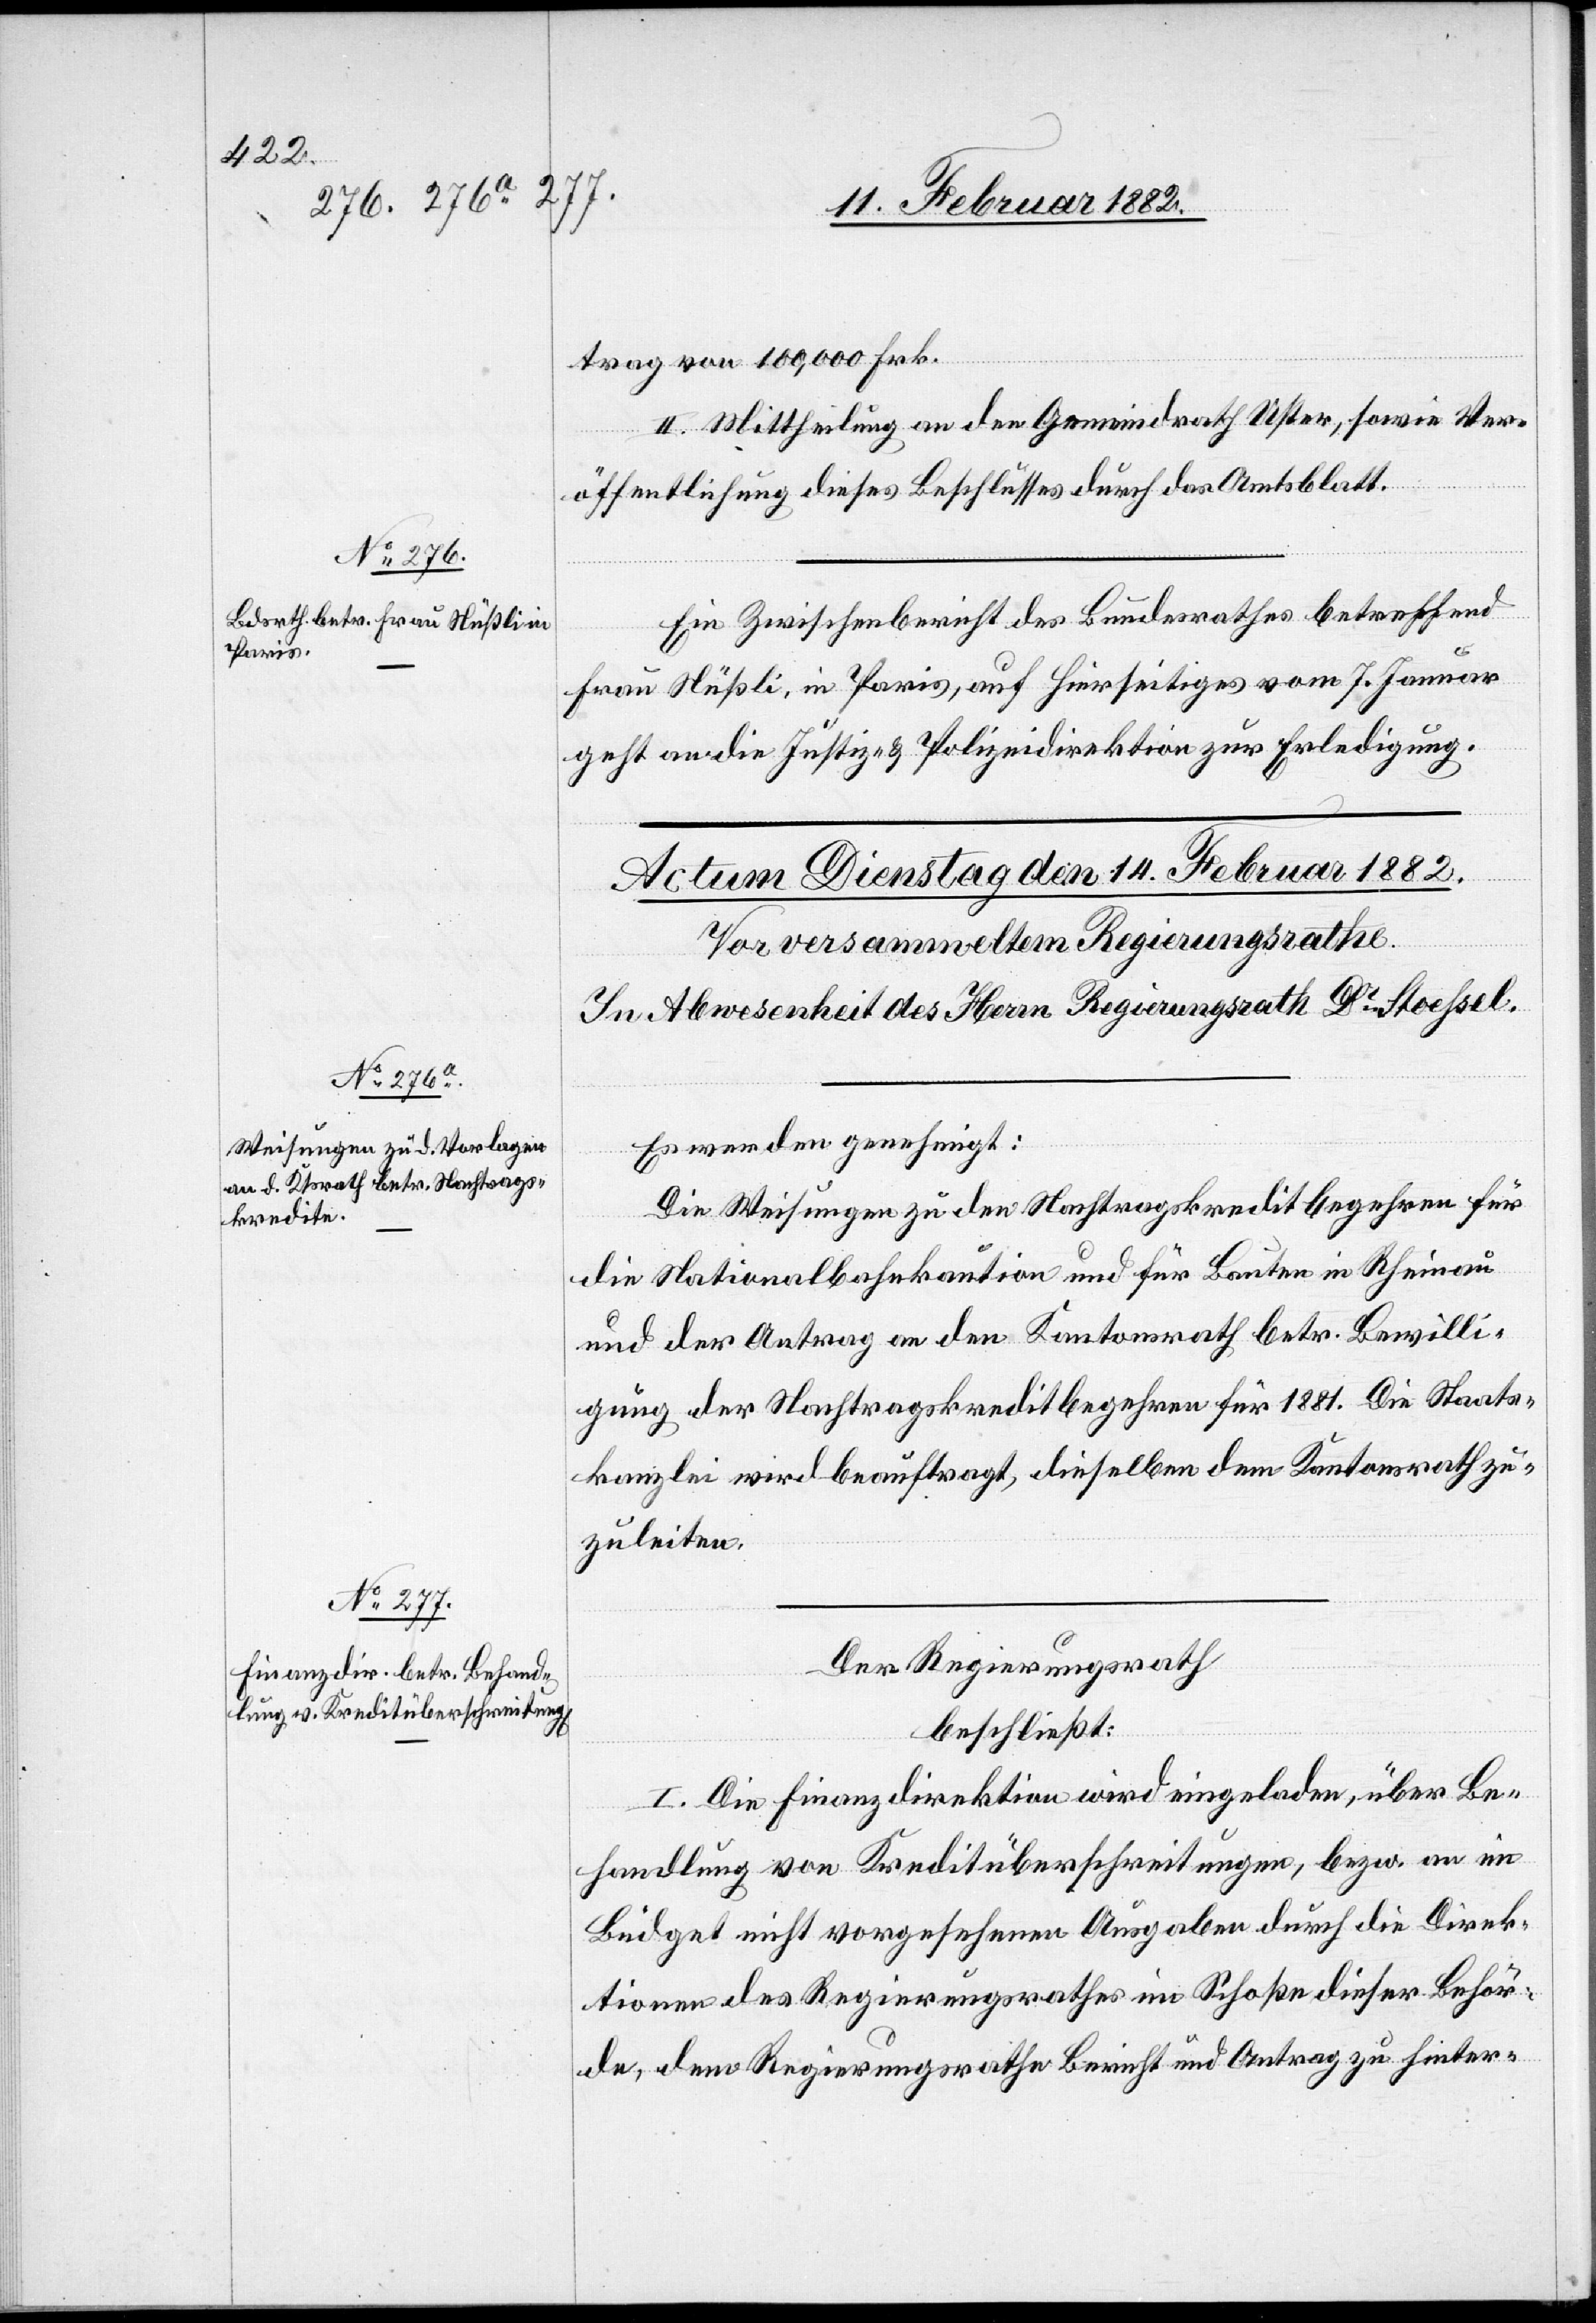
13. Februar 1882]
trag von 100,000 Frk.
II. Mittheilung an den Gemeindrath Uster, sowie Ver¬
öffentlichung dieses Beschlusses durch das Amtsblatt.
Ein Zwischenbericht des Bundesrathes betreffend
Frau Nüßli, in Paris, auf hierseitiges vom 7. Januar
geht an die Justiz- & Polizeidirektion zur Erledigung.
Es wurde genehmigt:
Die Weisung zu den Nachtragskreditbegehren für
die Nationalbahnkaution und für Bauten in Rheinau
und der Antrag an den Kantonsrath betr. Bewilli¬
gung der Nachtragskreditbegehren für 1881. Die Staats¬
kanzlei wird beauftragt, dieselben dem Kantonsrath zu¬
zuleiten.
Der Regierungsrath,
beschließt:
I. Die Finanzdirektion wird eingeladen, über Be¬
handlung von Kreditüberschreitung, bezw. an im
Büdget nicht vorgesehenen Ausgaben durch die Direk¬
tion des Regierungsrathes im Schoße dieser Behör¬
de, dem Regierungsrathe Bericht und Antrag zu hinter-